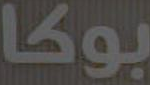
بوكا